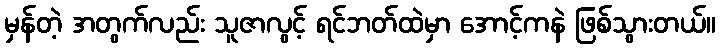
မှန်တဲ့ အတွက်လည်း သူဇာလွင့် ရင်ဘတ်ထဲမှာ အောင့်ကနဲ ဖြစ်သွားတယ်။